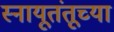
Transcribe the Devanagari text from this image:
स्नायूतंतूच्या